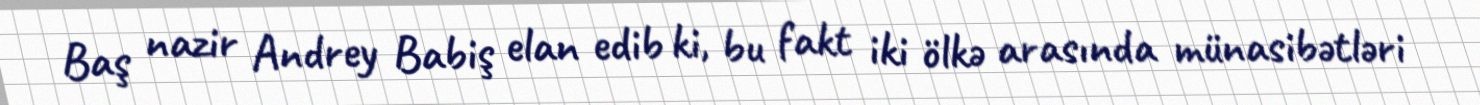
Baş nazir Andrey Babiş elan edib ki, bu fakt iki ölkə arasında münasibətləri